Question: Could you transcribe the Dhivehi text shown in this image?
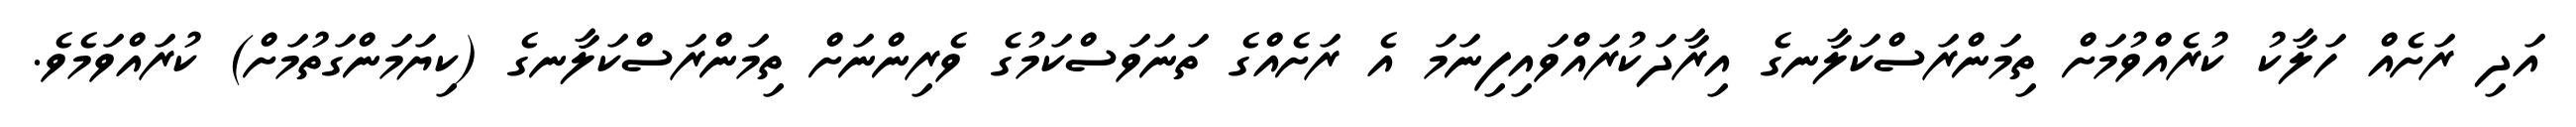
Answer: އަދި ރަށެއް ހަލާކު ކުރެއްވުމަށް ތިމަންރަސްކަލާނގެ އިރާދަކުރައްވައިފިނަމަ އެ ރަށެއްގެ ތަނަވަސްކަމުގެ ވެރިންނަށް ތިމަންރަސްކަލާނގެ (ކިޔަމަންގަތުމަށް) ކުރައްވަމެވެ.